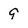
Character: 9